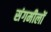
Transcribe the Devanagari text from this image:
संगमीलों